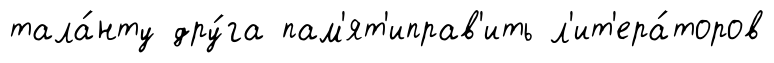
тала́нту дру́га пам'ят'иправ'ить л'ит'ера́торов